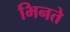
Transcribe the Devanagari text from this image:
भिनते